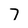
Character: 7